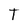
Character: T